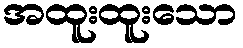
အထူးထူးသော